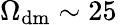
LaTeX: \Omega_{\mathrm{dm}}\sim 25\